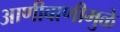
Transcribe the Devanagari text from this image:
आणीबाणीमुळे